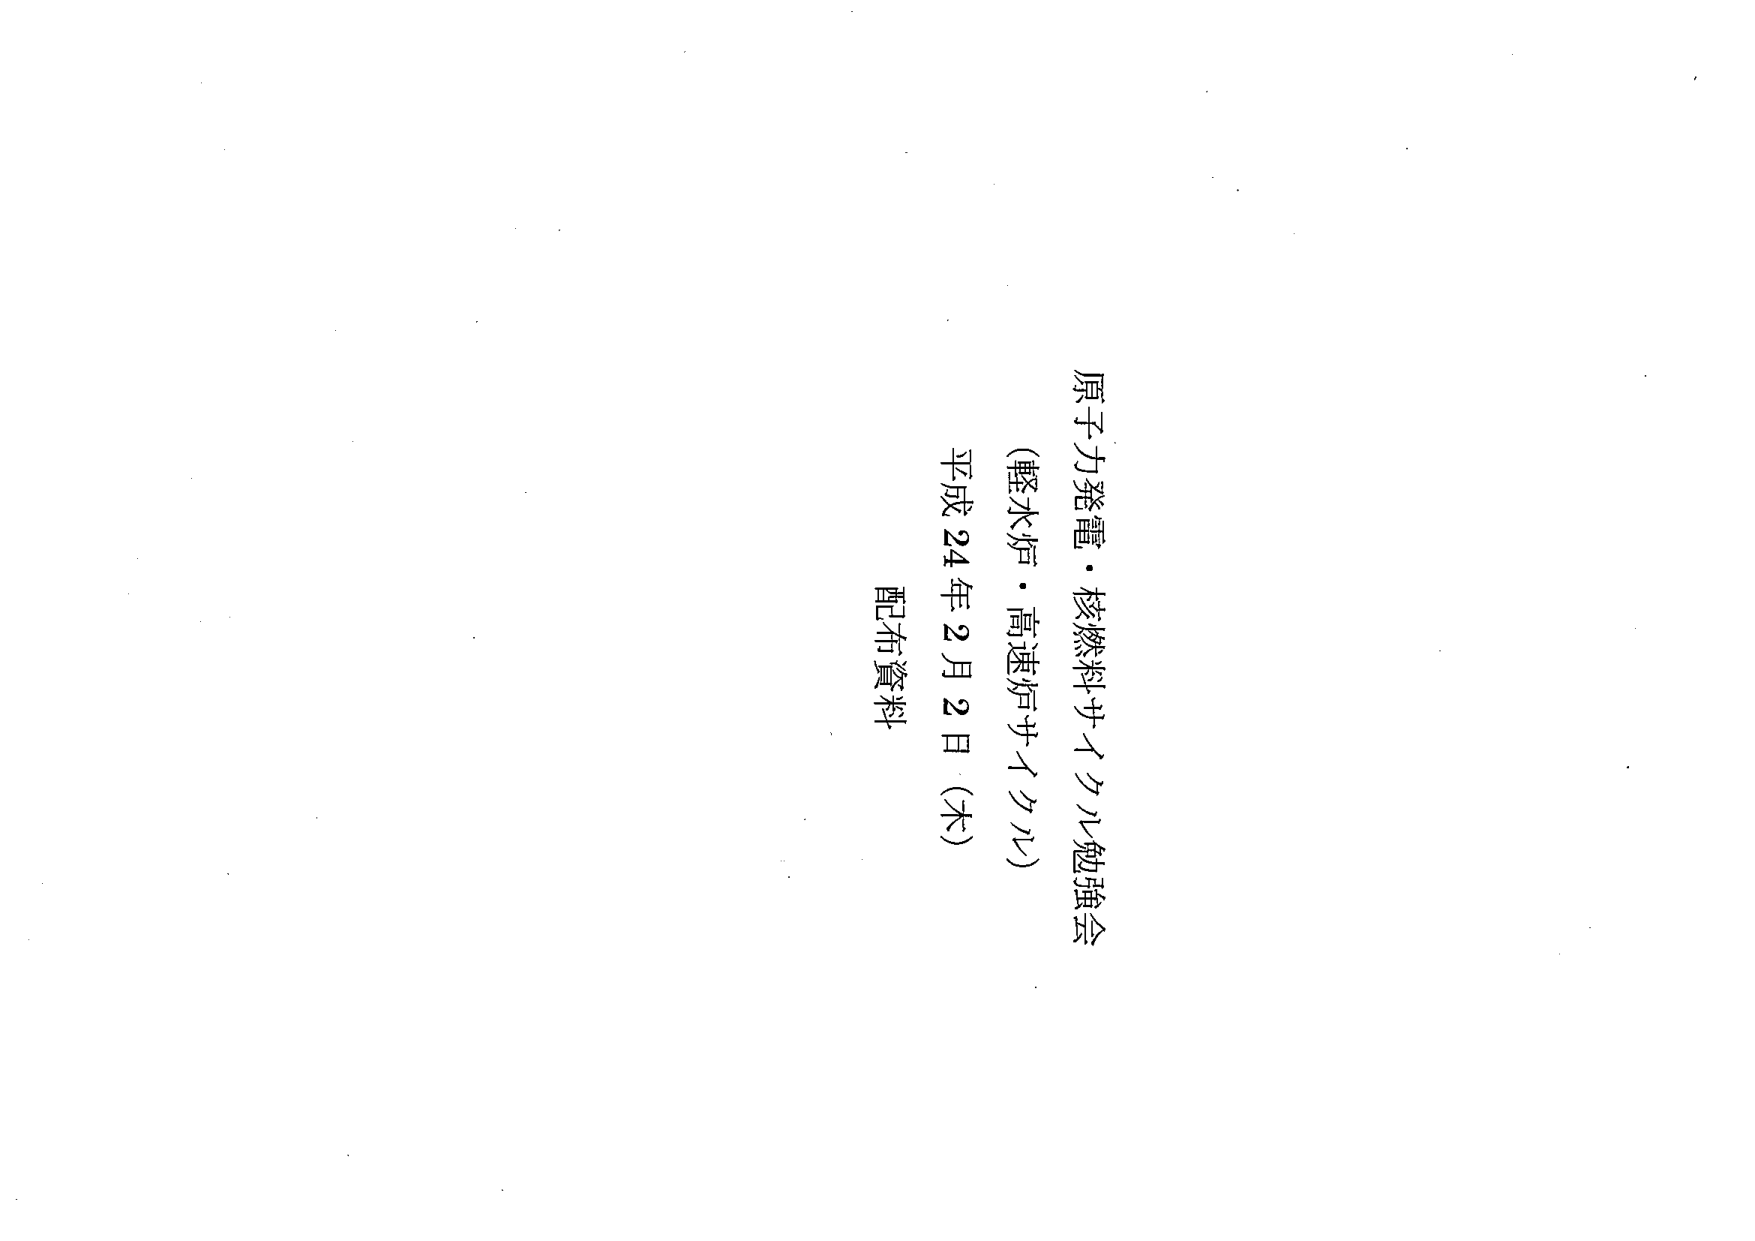
原子力発電・核燃料サイクル勉強会
（軽水炉・高速炉サイクル）
平成24年2月2日（木）
配布資料